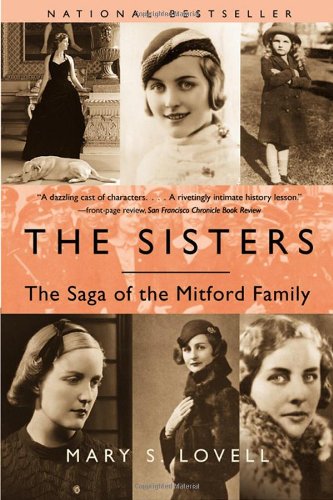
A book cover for The Sisters: The Saga of the Mitford Family; Mary S. Lovell; Biographies & Memoirs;